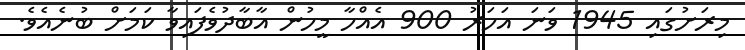
މިރަށުގައި 1945 ވަަނަ އަހަރު 900 އެއްހާ މީހުން އާބާދުވެފައިވާ ކަމަށް ބުނެއެވެ.